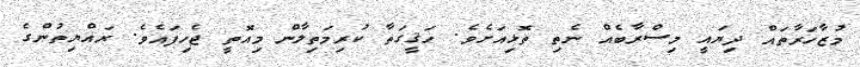
މުޒާހަރާތައް ދިޔައީ މިސްރާބެއް ނެތި ތޮޅިއަށެވެ. ހަޤީގަތާ ކުރިމަތިލާން މިއޮތީ ޖެހިފައެވެ. ރައްޔިތުންގެ